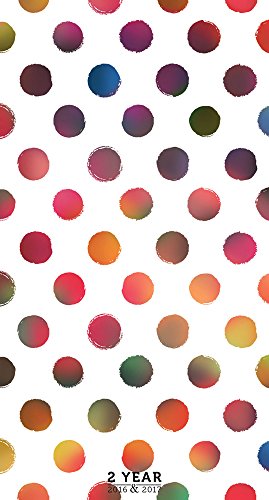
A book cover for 2016-2017 Polka Dots 2 Year Pocket Calendar; TF Publishing; Calendars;